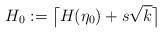
LaTeX: \begin{align*}H_0:=\big\lceil H(\eta_0)+s\sqrt{k} \big\rceil \end{align*}